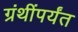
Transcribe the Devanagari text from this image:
ग्रंथींपर्यंत